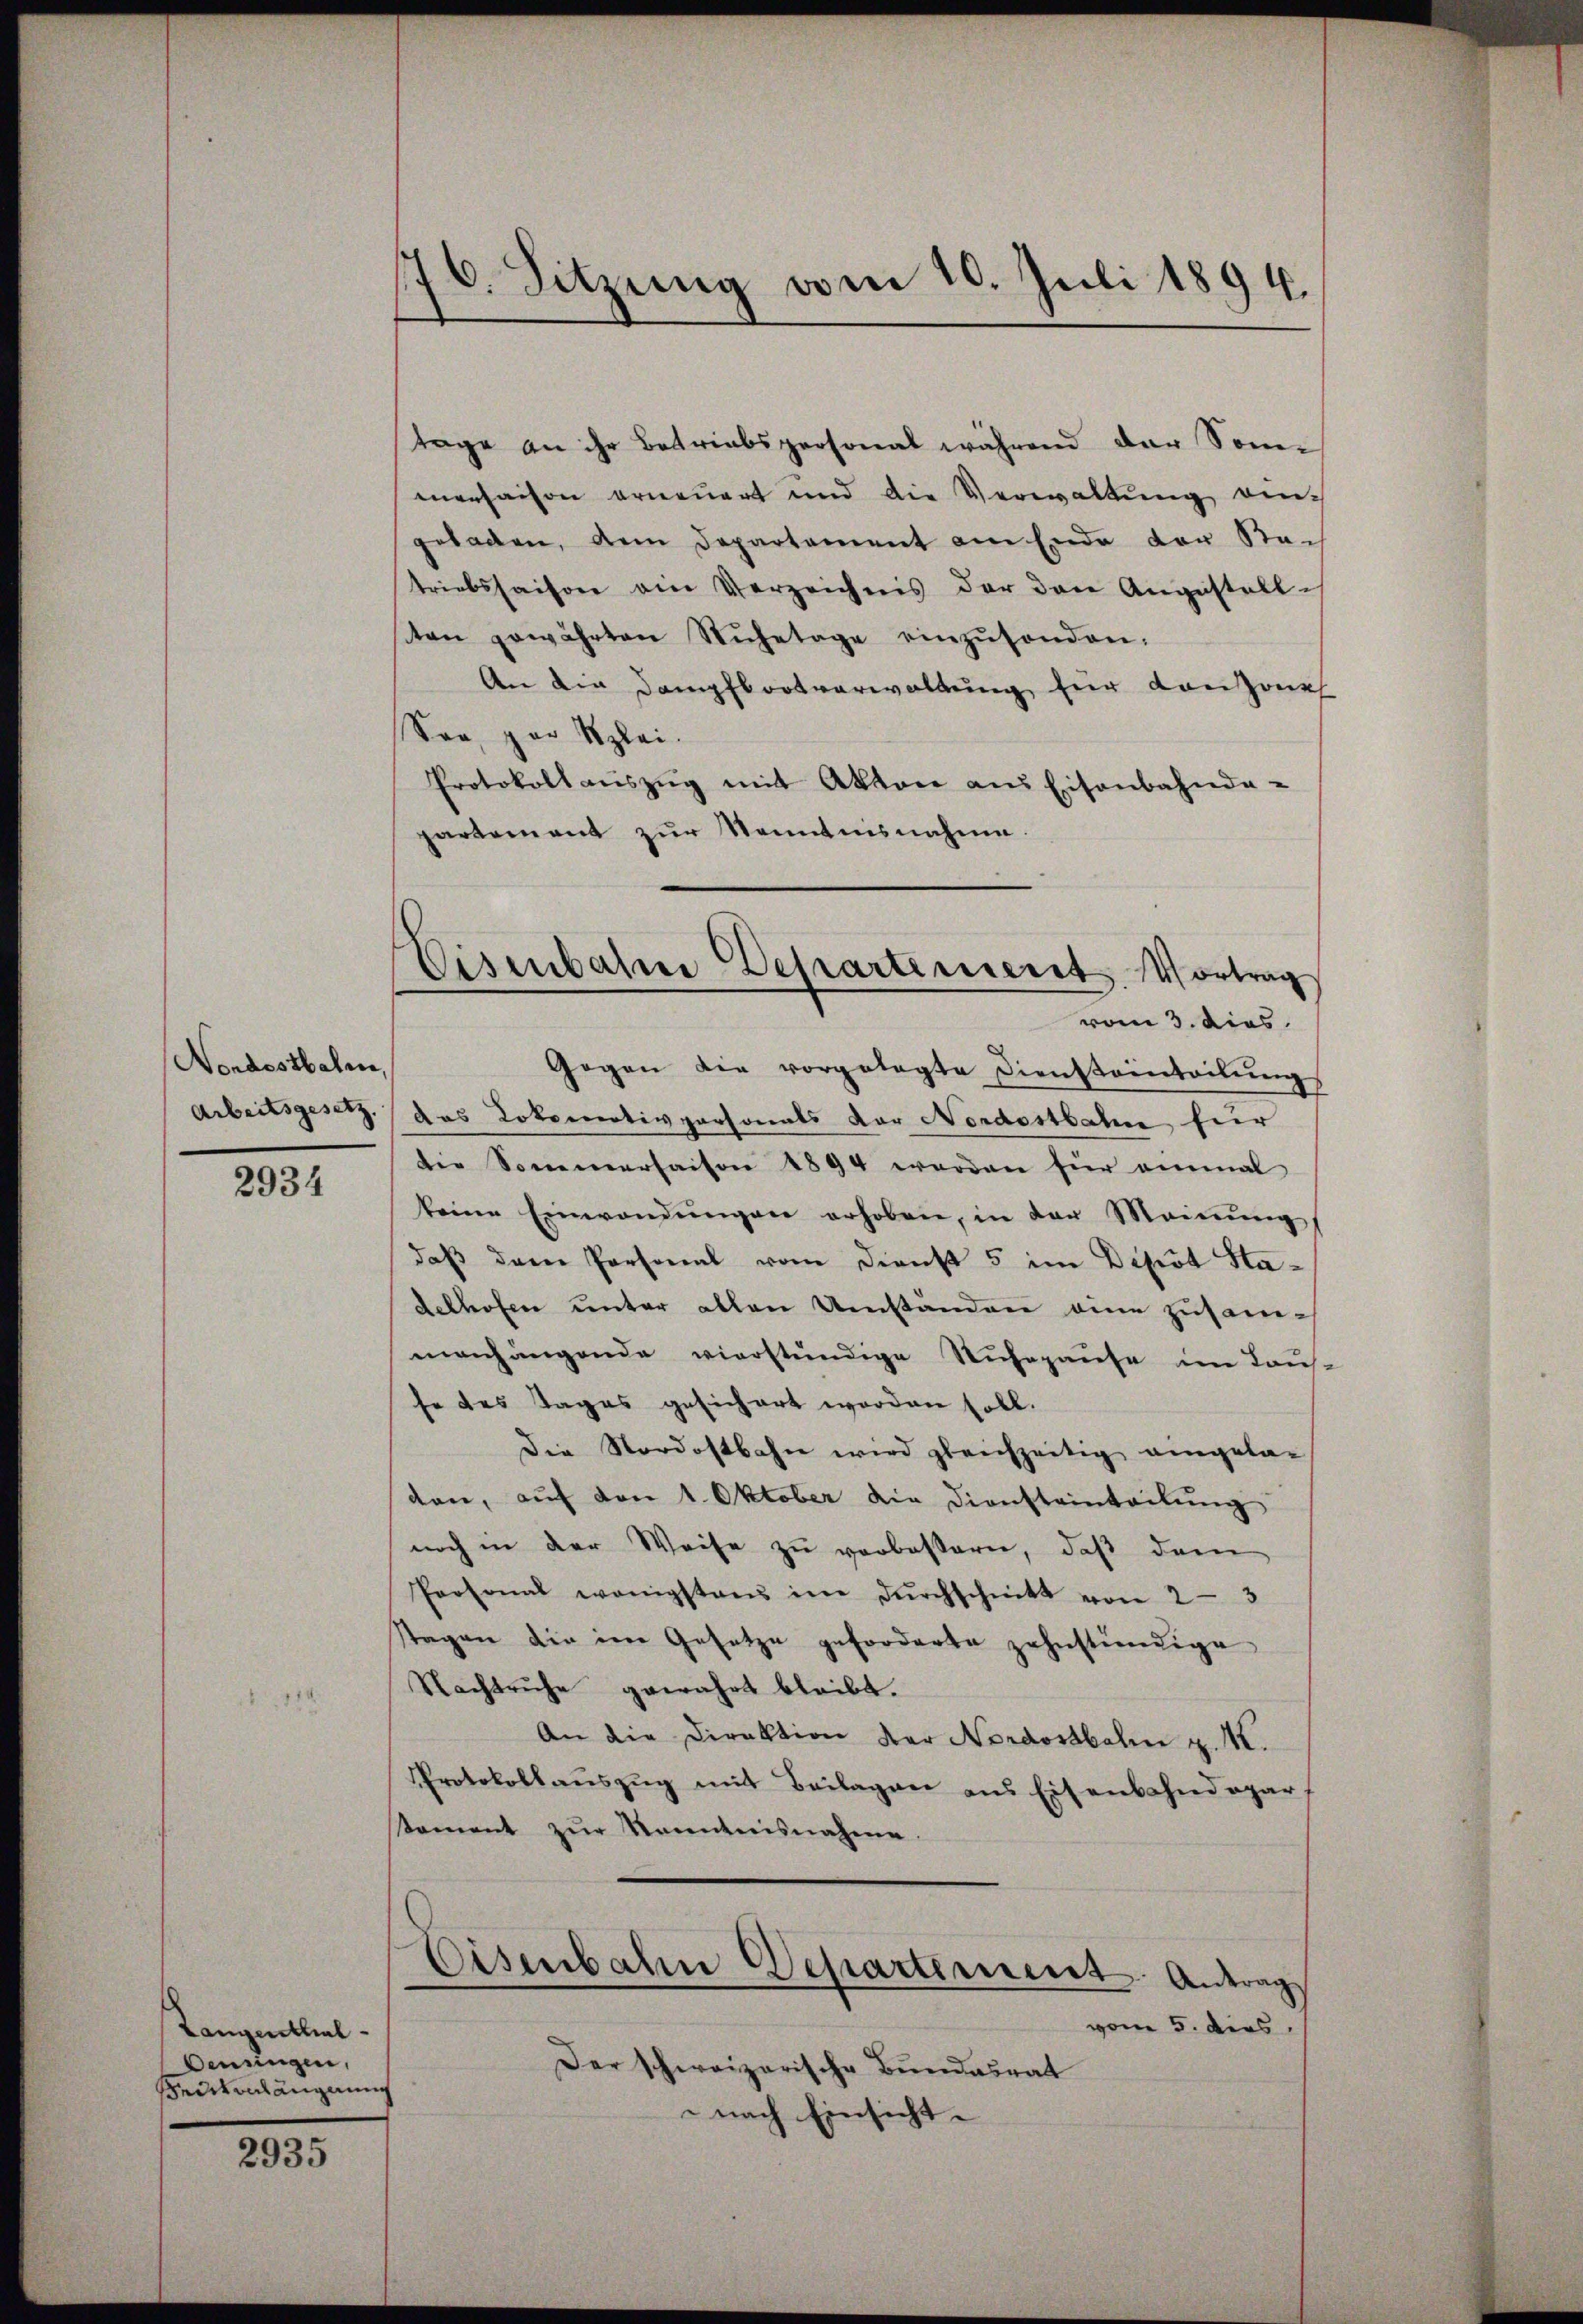
Nondesthalen,
Arbeitsgesetz.

2934

Langenthal
Oenringen,
einlängerung

2935

176. Sitzung vom 10. Juli 1894.

Eisenbahre Departiniert Vortrag
vom 3. dies

tage an ihr Betriebspersonal während der Sonn
menhaison erneuert und die Verwaltung eine
geladen, dem Departement am Ende der Sach
triebssaison am Verzeichnis der den Augustellston gewährten Rŭhetage einzŭsenden.
An die Dampfbootverwaltung für Lanzone
Son, par Klei
Protokoll aŭszŭg mit Akten aus Eisenbahnda-
partement zŭr Kenntnisnahme.
Gegen die vorgelegte Diensteinteilŭngs
das Lokomotivpersonals der Nordostbahn für
die Sommersaison 1894 werden für einmal
keine Einwendungen erhoben, in der Meinung
daß dem Personal vom Dienst 5 im Depot Stadelhofen unter allen Umständen eine zusammanhängende vierständige Ruhepause im Taus-
fe des Tages gesichert worden soll.
Die Nordostbahn wird gleichzeitig angela-
den, aŭf den 1. Oktober die Diensteinteilŭng
noch in der Weise zu verbessern, daß dem
Personal wenigstens im dŭrchschnitt von 2-3
stagen die im Gesetze geforderte zahnständige
Nachtruhe gewährt bleibt.
An die Direktion der Nordostbahn z. K.
Protokollauszug mit Beilagen aus Eisenbahndogar
koment zŭr Kenntnisnahme.
Eisenbahn Departement. Antrag
vom 5. dies
Der schweizerische Bundesrat
nach Einsicht.